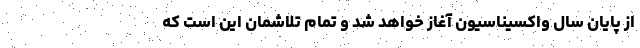
از پایان سال واکسیناسیون آغاز خواهد شد و تمام تلاشمان این است که